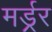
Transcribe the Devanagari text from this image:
मर्ड्रर